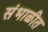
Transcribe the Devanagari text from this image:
संभाळीत